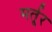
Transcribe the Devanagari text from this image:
मर्तूर